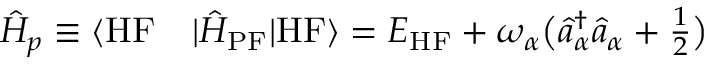
\begin{array} { r l } { \hat { H } _ { p } \equiv \langle \mathrm { H F } } & { { } | \hat { H } _ { \mathrm { P F } } | \mathrm { H F } \rangle = E _ { \mathrm { H F } } + \omega _ { \alpha } \big ( \hat { a } _ { \alpha } ^ { \dag } \hat { a } _ { \alpha } + \frac { 1 } { 2 } \big ) } \end{array}